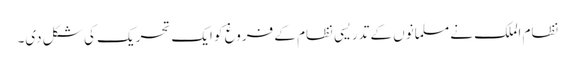
نظام الملک نے مسلمانوں کے تدریسی نظام کے فروغ کو ایک تحریک کی شکل دی۔